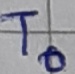
Text: T0